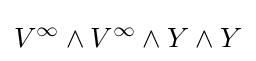
V^{\infty }\wedge V^{\infty }\wedge Y\wedge Y